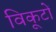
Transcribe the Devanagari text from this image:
विकूटों